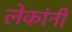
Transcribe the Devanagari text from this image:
लेकांनी